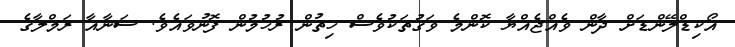
އޯކިޑްލޭންޑަށް ދާން ވެއްޖެއްޔާ ކޮންމެ ވަގުތަކުވެސް ހިތުން ރުހުމުން ފޮނުވައެވެ. ސަނާއާ ރަމްލާގެ